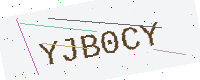
Text: YJB0CY